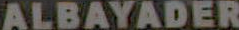
ALBAYADER